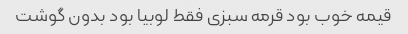
قیمه خوب بود قرمه سبزی فقط لوبیا بود بدون گوشت